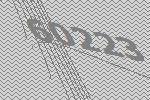
60223